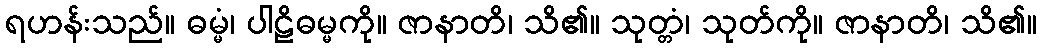
ရဟန်းသည်။ ဓမ္မံ၊ ပါဠိဓမ္မကို။ ဇာနာတိ၊ သိ၏။ သုတ္တံ၊ သုတ်ကို။ ဇာနာတိ၊ သိ၏။